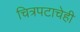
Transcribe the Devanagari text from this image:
चित्रपटाचेही